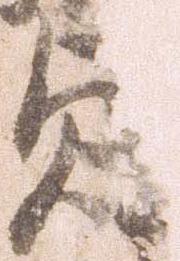
貞